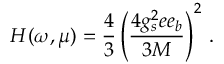
H ( \omega , \mu ) = \frac { 4 } { 3 } \left( \frac { 4 g _ { s } ^ { 2 } e e _ { b } } { 3 M } \right) ^ { 2 } \, .